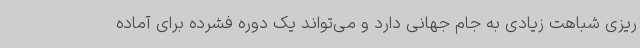
ریزی شباهت زیادی به جام جهانی دارد و می‌تواند یک دوره فشرده برای آماده